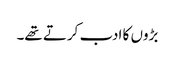
بڑوں کا ادب کرتے تھے۔